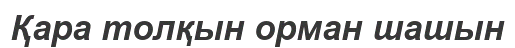
Қара толқын орман шашын